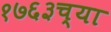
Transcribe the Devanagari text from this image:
१७६३च्या